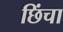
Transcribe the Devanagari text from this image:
छिंचा